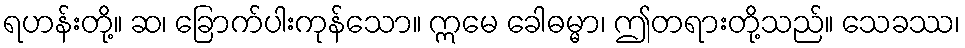
ရဟန်းတို့။ ဆ၊ ခြောက်ပါးကုန်သော။ ဣမေ ခေါဓမ္မာ၊ ဤတရားတို့သည်။ သေခဿ၊